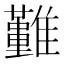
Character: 𩁤